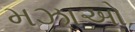
મઝાઓ